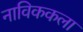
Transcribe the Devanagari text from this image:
नाविककला